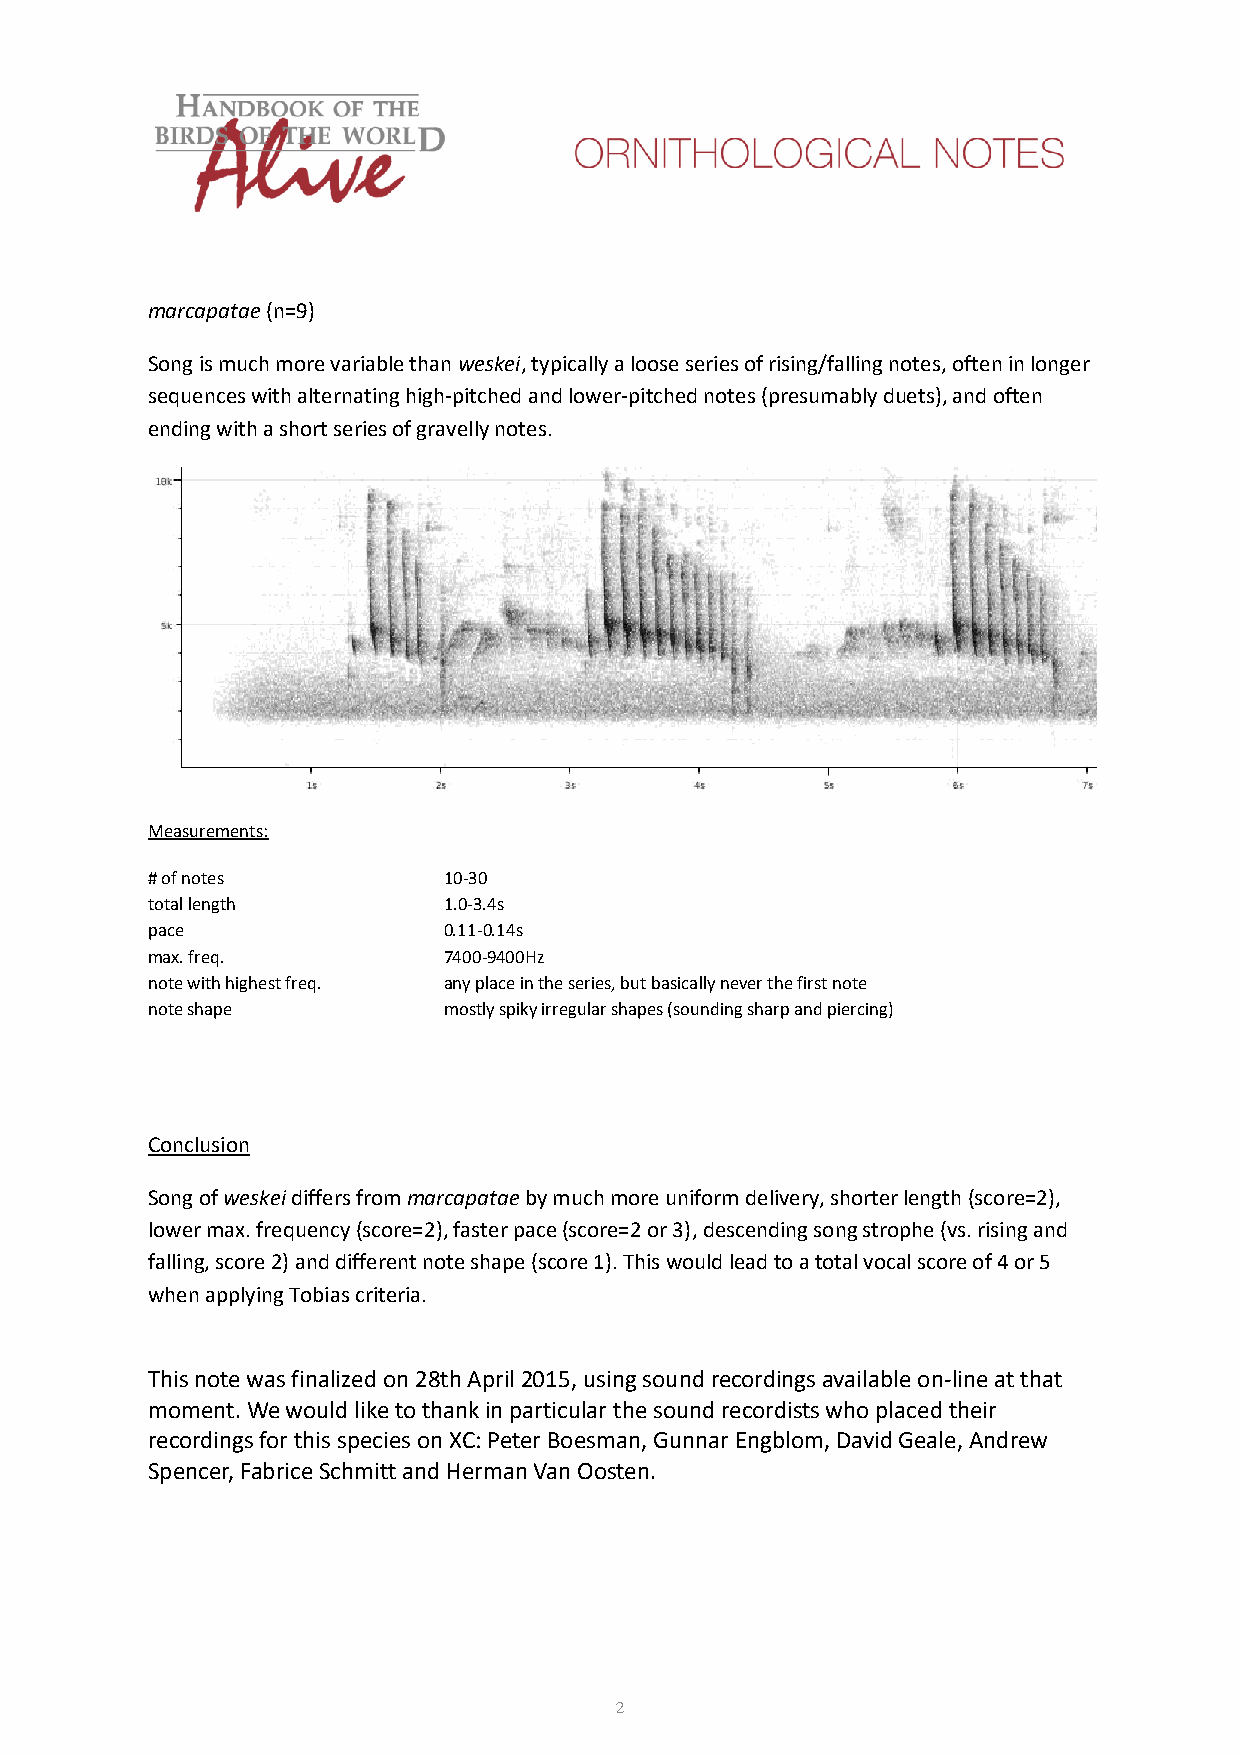
marcapatae (n=9)
 Song is much more variable than weskei, typically a loose series of rising/falling notes, often in longer
 sequences with alternating high-pitched and lower-pitched notes (presumably duets), and often
 ending with a short series of gravelly notes.
 Measurements:
 # of notes         10-30
 total length       1.0-3.4s
 pace               0.11-0.14s
 max. freq.         7400-9400Hz
 note with highest freq. any place in the series, but basically never the first note
 note shape         mostly spiky irregular shapes (sounding sharp and piercing)
 Conclusion
 Song of weskei differs from marcapatae by much more uniform delivery, shorter length (score=2),
 lower max. frequency (score=2), faster pace (score=2 or 3), descending song strophe (vs. rising and
 falling, score 2) and different note shape (score 1). This would lead to a total vocal score of 4 or 5
 when applying Tobias criteria.
 This note was finalized on 28th April 2015, using sound recordings available on-line at that
 moment. We would like to thank in particular the sound recordists who placed their
 recordings for this species on XC: Peter Boesman, Gunnar Engblom, David Geale, Andrew
 Spencer, Fabrice Schmitt and Herman Van Oosten.
 2